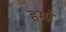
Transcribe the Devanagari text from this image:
हम्प्रे